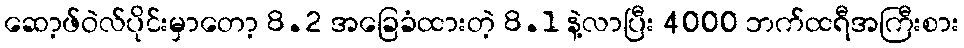
ဆော့ဖ်ဝဲလ်ပိုင်းမှာတော့ 8.2 အခြေခံထားတဲ့ 8.1 နဲ့လာပြီး 4000 ဘက်ထရီအကြီးစား